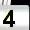
Digit: 4